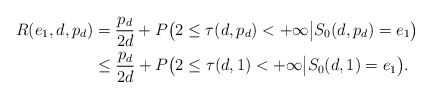
\begin{align*}R(e_1,d,p_d)&=\frac{p_d}{2d}+P\big(2\leq\tau(d,p_d)<+\infty\big|S_0(d,p_d)=e_1\big)\\&\leq\frac{p_d}{2d}+P\big(2\leq\tau(d,1)<+\infty\big|S_0(d,1)=e_1\big).\end{align*}